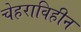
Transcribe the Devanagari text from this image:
चेहराविहीन